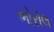
ભોરોલ